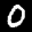
Label: 0